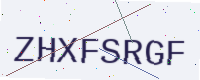
Text: ZHXFSRGF